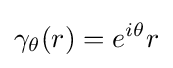
\gamma _{\theta }(r)=e^{i\theta }r